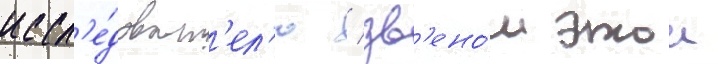
иссл'е́доват'ел'ю / зв'ено́м этои